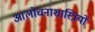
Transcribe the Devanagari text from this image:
आलोचनाशास्त्रियों